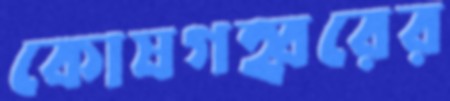
কোষগহ্বরের